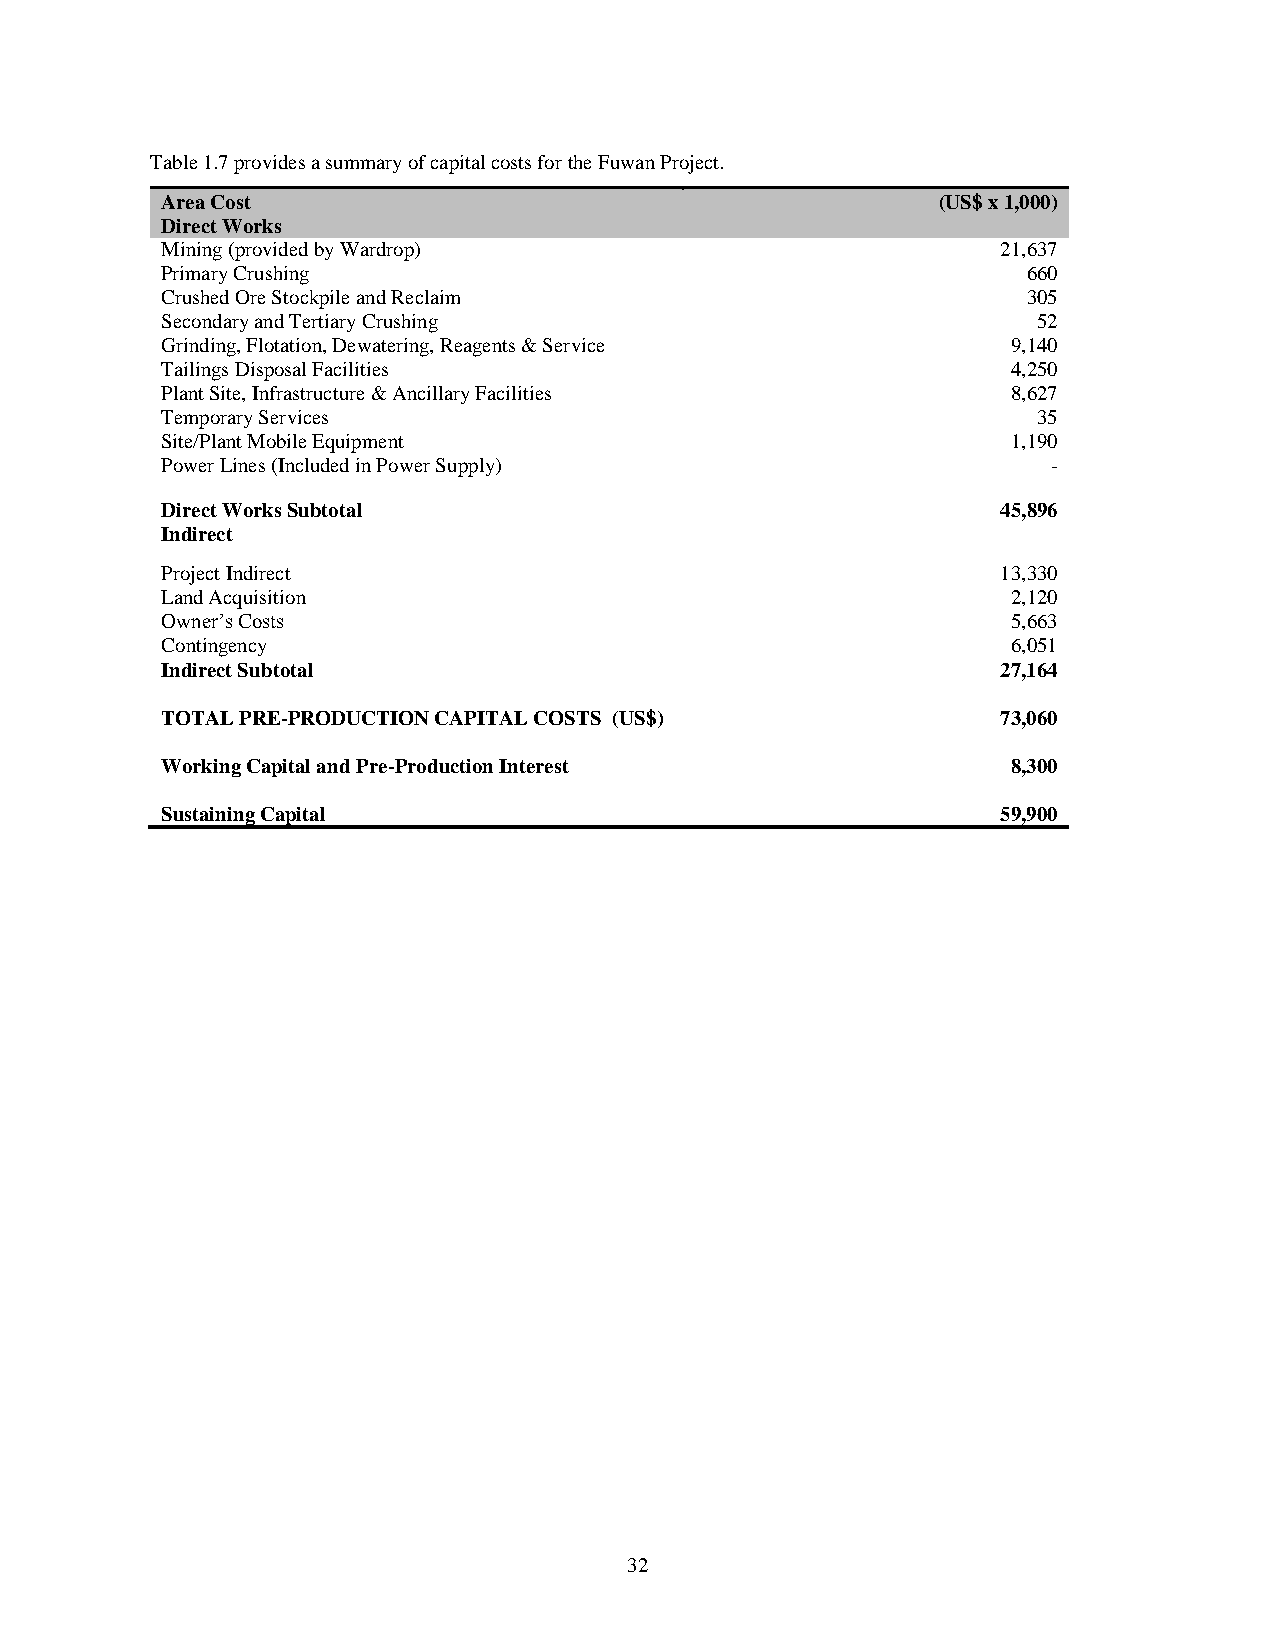
Table 1.7 provides a summary of capital costs for the Fuwan Project.
 Area Cost                                          (US$ x 1,000)
 Direct Works
 Mining (provided by Wardrop)                           21,637
 Primary Crushing                                         660
 Crushed Ore Stockpile and Reclaim                        305
 Secondary and Tertiary Crushing                           52
 Grinding, Flotation, Dewatering, Reagents & Service     9,140
 Tailings Disposal Facilities                            4,250
 Plant Site, Infrastructure & Ancillary Facilities       8,627
 Temporary Services                                        35
 Site/Plant Mobile Equipment                             1,190
 Power Lines (Included in Power Supply)                     -
 Direct Works Subtotal                                  45,896
 Indirect
 Project Indirect                                       13,330
 Land Acquisition                                        2,120
 Owner’s Costs                                           5,663
 Contingency                                             6,051
 Indirect Subtotal                                      27,164
 TOTAL PRE-PRODUCTION CAPITAL COSTS (US$)               73,060
 Working Capital and Pre-Production Interest             8,300
 Sustaining Capital                                     59,900
 32